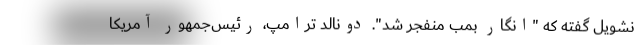
نشویل گفته که "انگار بمب منفجر شد". دونالد ترامپ، رئیس‌جمهور آمریکا